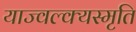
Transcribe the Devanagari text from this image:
याज्‍वल्क्यस्मृति